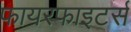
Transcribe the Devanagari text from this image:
फायरफाइटर्स